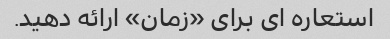
استعاره ای برای «زمان» ارائه دهید.